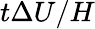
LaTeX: t\Delta U/H